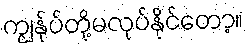
ကျွန်ုပ်တို့မလုပ်နိုင်တော့။